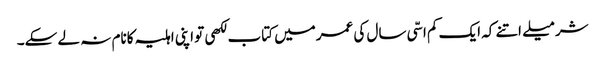
شرمیلے اتنے کہ ایک کم اسّی سال کی عمرمیں کتاب لکھی تو اپنی اہلیہ کانام نہ لے سکے۔